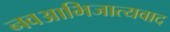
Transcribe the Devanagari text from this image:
नवआभिजात्यवाद